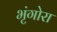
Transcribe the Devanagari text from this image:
भृंगोरा